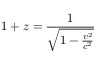
1 + z = { \frac { 1 } { \sqrt { 1 - { \frac { v ^ { 2 } } { c ^ { 2 } } } } } }